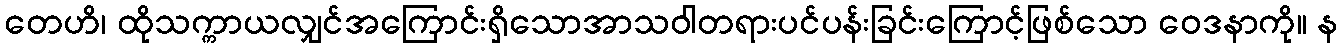
တေဟိ၊ ထိုသက္ကာယလျှင်အကြောင်းရှိသောအာသဝါတရားပင်ပန်းခြင်းကြောင့်ဖြစ်သော ဝေဒနာကို။ န